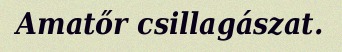
Amatőr csillagászat.